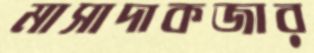
মাসাদাকজার